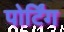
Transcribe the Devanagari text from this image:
पोर्टिंग